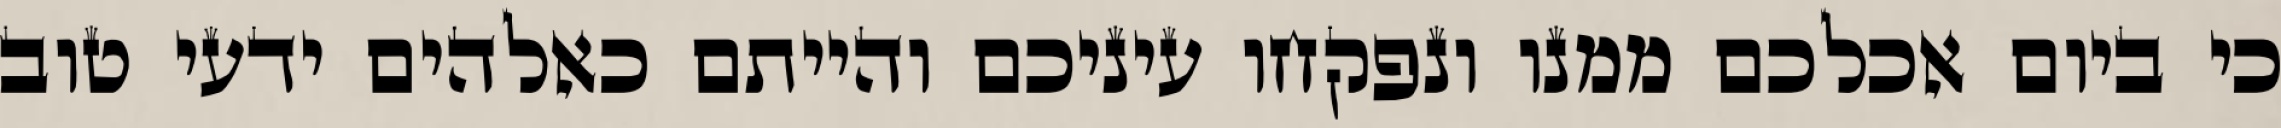
כי ביום אכלכם ממנו ונפקחו עיניכם והייתם כאלהים ידעי טוב